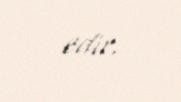
edir.